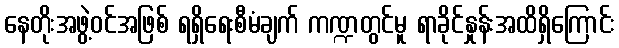
နေတိုးအဖွဲ့ဝင်အဖြစ် ရရှိရေးစီမံချက် ကဏ္ဍတွင်မူ ရာခိုင်နှုန်းအထိရှိကြောင်း